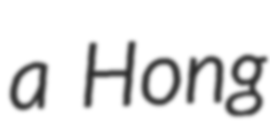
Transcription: a Hong